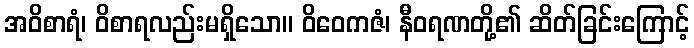
အဝိစာရံ၊ ဝိစာရလည်းမရှိသော။ ဝိဝေကဇံ၊ နီဝရဏတို့၏ ဆိတ်ခြင်းကြောင့်